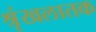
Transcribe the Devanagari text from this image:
श्रृंखलातक